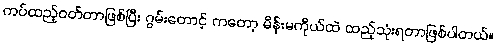
ကပ်ထည့်ဝတ်တာဖြစ်ပြီး ဂွမ်းတောင့် ကတော့ မိန်းမကိုယ်ထဲ ထည့်သုံးရတာဖြစ်ပါတယ်။